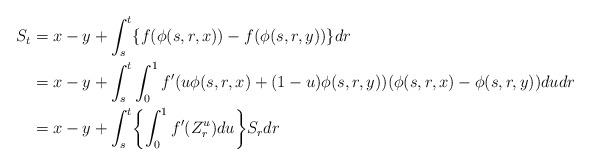
LaTeX: \begin{align*} S_t & = x-y + \int_s^t \{f(\phi(s,r,x)) - f(\phi(s,r,y))\}dr \\& = x-y + \int_s^t \int_0^1 f'(u \phi(s,r,x) + (1-u)\phi(s,r, y)) (\phi(s,r,x) - \phi(s,r,y))du dr \\&= x-y + \int_s^t \biggl\{\int_0^1 f'(Z_r^u)du\biggr\} S_rdr\end{align*}